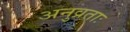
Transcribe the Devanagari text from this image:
अनुव्रताः